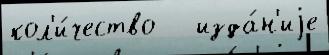
кол'и́чество   изда́н'иjе